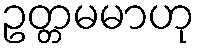
ဥတ္တမမာဟု